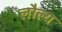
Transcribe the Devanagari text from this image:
लौल्य